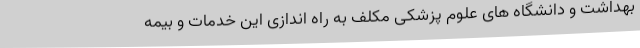
بهداشت و دانشگاه های علوم پزشکی مکلف به راه اندازی این خدمات و بیمه